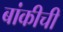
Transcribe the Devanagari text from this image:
बांकीची